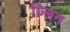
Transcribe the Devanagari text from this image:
ज़्लिन